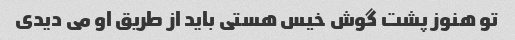
تو هنوز پشت گوش خیس هستی باید از طریق او می دیدی